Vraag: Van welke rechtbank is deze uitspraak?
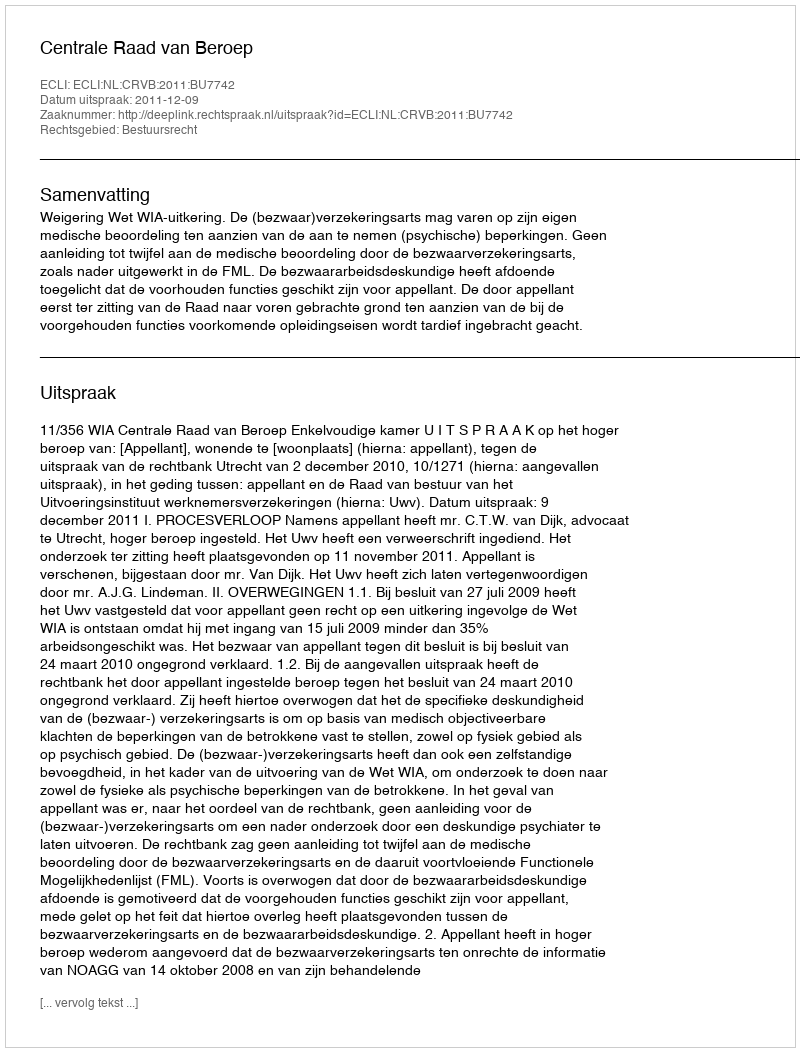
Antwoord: Centrale Raad van Beroep